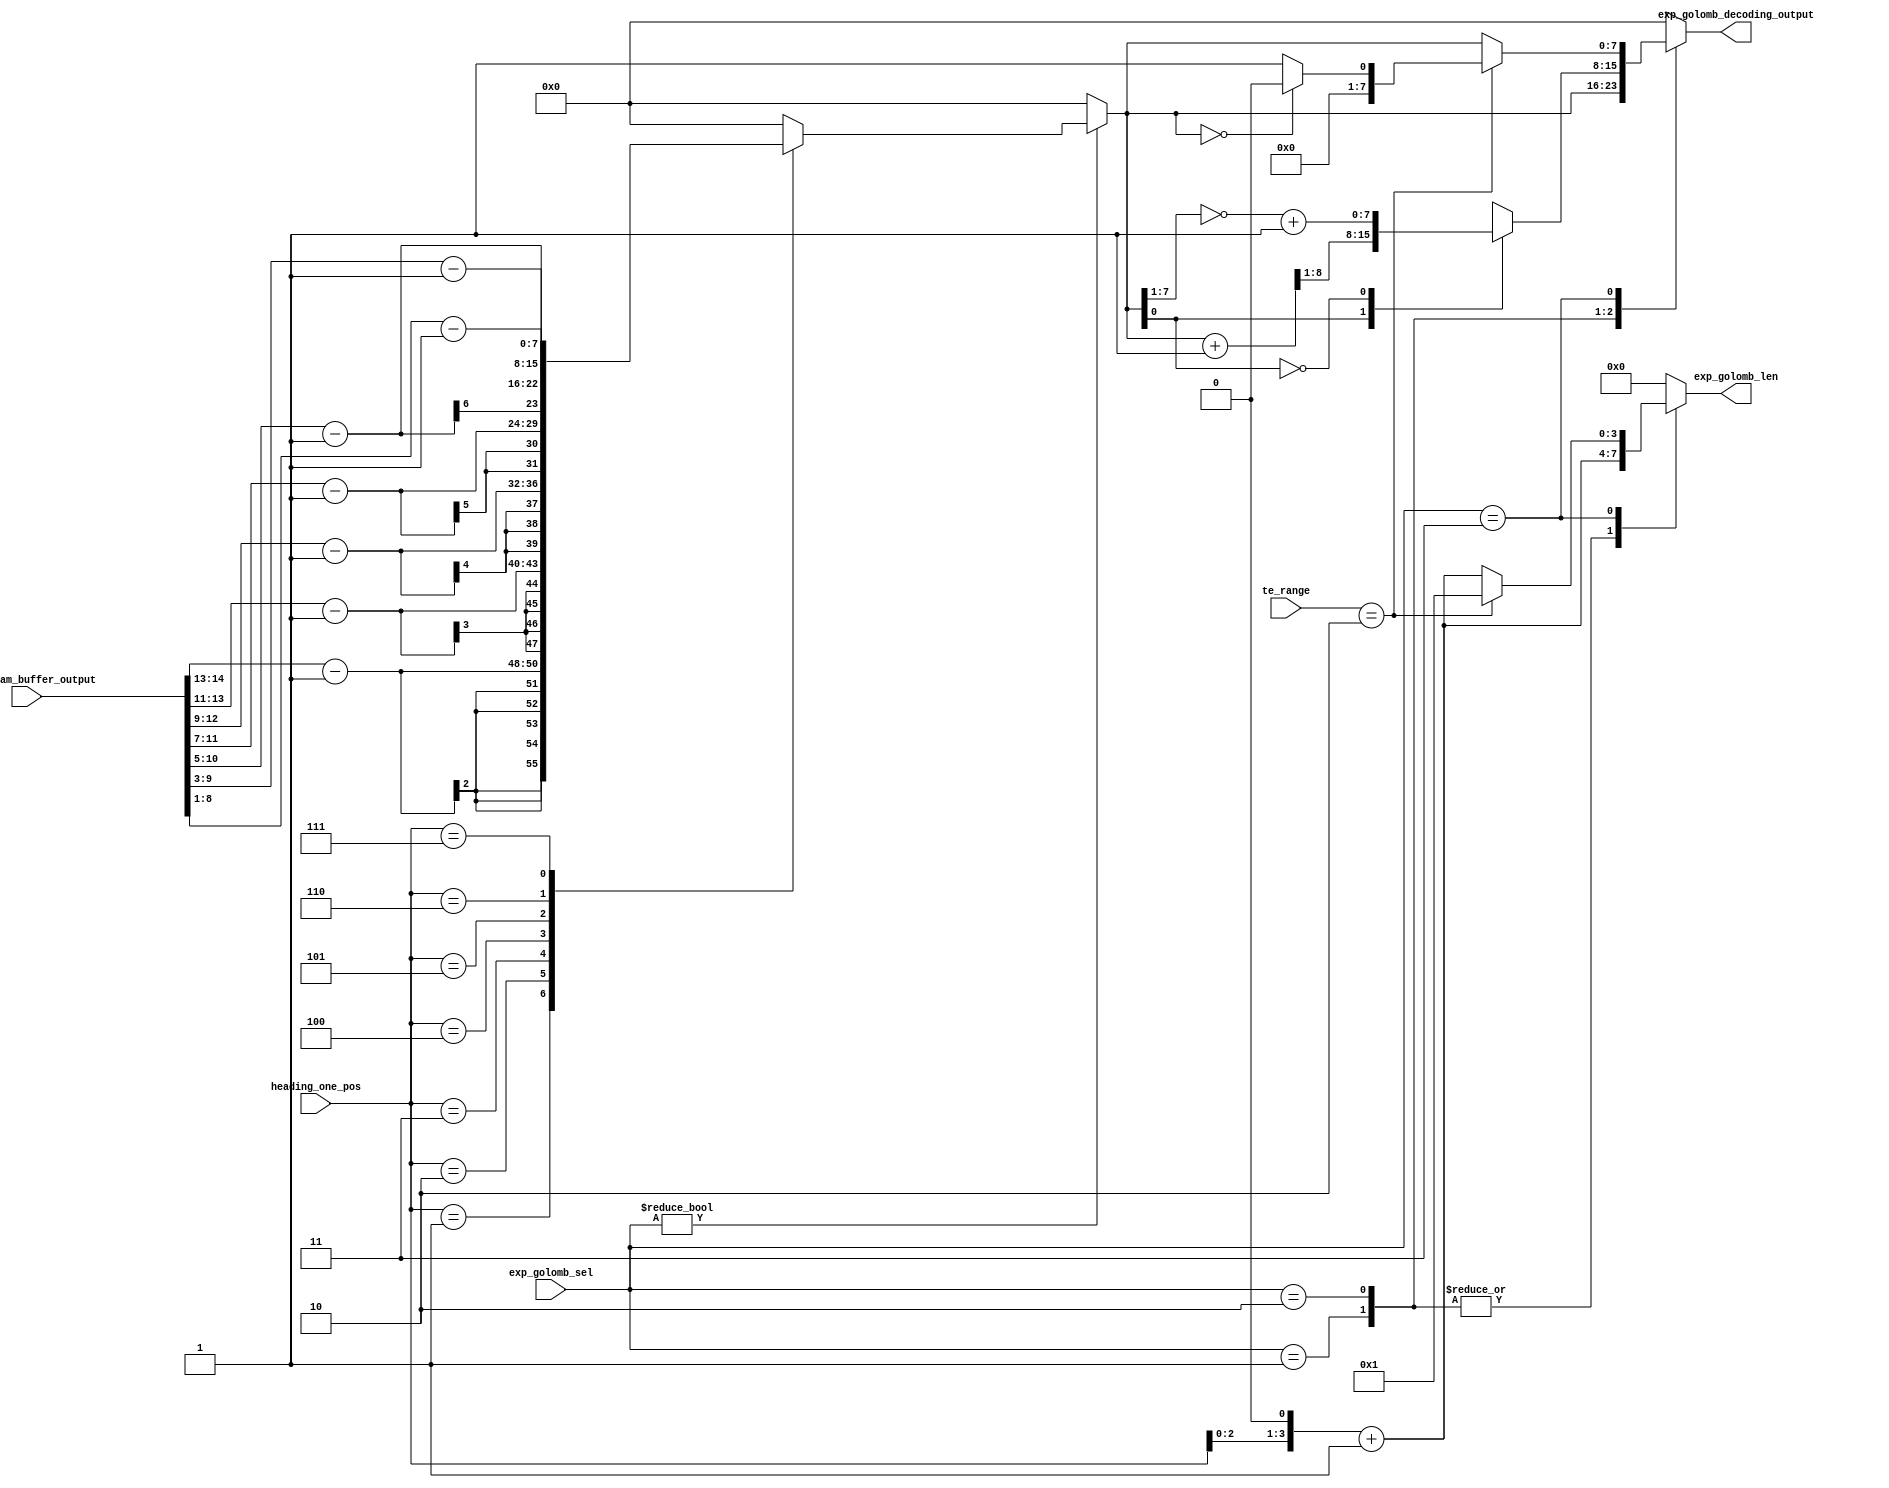
// SPDX-FileCopyrightText: 2022 Efabless Corporation
//
// Licensed under the Apache License, Version 2.0 (the "License");
// you may not use this file except in compliance with the License.
// You may obtain a copy of the License at
//
//      http://www.apache.org/licenses/LICENSE-2.0
//
// Unless required by applicable law or agreed to in writing, software
// distributed under the License is distributed on an "AS IS" BASIS,
// WITHOUT WARRANTIES OR CONDITIONS OF ANY KIND, either express or implied.
// See the License for the specific language governing permissions and
// limitations under the License.
// SPDX-License-Identifier: Apache-2.0

//-------------------------------------------------------------------------------------------------------
// Title    	: H.264/AVC Baseline Decoder
// Released 	: April 30, 2008
// Version 	: 1.0
// Availability	: https://opencores.org/projects/nova
//-------------------------------------------------------------------------------------------------------
// Design    	: exp_golomb_decoding
// Co-Author(s) : Qi Yang Lim, Zhi Lin Tan, Zhuofan Lin, Zixian Guo
// Mentor	: Yang Wei Lim (https://scholar.google.com.my/citations?user=NURveMkAAAAJ&hl=en)
//-------------------------------------------------------------------------------------------------------
// Description 
// Exp-Golomb code decoding
//-------------------------------------------------------------------------------------------------------

module exp_golomb_decoding (
	input 	    [3:0] 	heading_one_pos,
	input 	    [15:0] 	BitStream_buffer_output,
	input 	    [1:0] 	exp_golomb_sel,
	input       [2:0]       te_range,
	output 	reg [7:0] 	exp_golomb_decoding_output,
	output 	reg [3:0] 	exp_golomb_len
);	
	
	parameter rst_exp_golomb_sel = 2'b00;
	parameter ue 				 = 2'b01;
	parameter se 				 = 2'b10;
	parameter te 				 = 2'b11; 

	reg [7:0] codeNum;

	always @ (exp_golomb_sel or heading_one_pos or BitStream_buffer_output) begin
		if (exp_golomb_sel != rst_exp_golomb_sel) 
		begin
			case (heading_one_pos)
				0: codeNum <= 0;											
				1: codeNum <= {6'b0,BitStream_buffer_output[14:13]} - 1;
				2: codeNum <= {5'b0,BitStream_buffer_output[13:11]} - 1;
				3: codeNum <= {4'b0,BitStream_buffer_output[12:9]}  - 1;
				4: codeNum <= {3'b0,BitStream_buffer_output[11:7]}  - 1;
				5: codeNum <= {2'b0,BitStream_buffer_output[10:5]}  - 1;
				6: codeNum <= {1'b0,BitStream_buffer_output[9:3]}   - 1;
				7: codeNum <= BitStream_buffer_output[8:1]          - 1;
				default: codeNum <= 0;
			endcase
		end
		else
			codeNum <= 0;
	end
	
	always @ (exp_golomb_sel or heading_one_pos or te_range) begin
		case (exp_golomb_sel)
			ue, se: 
				exp_golomb_len 	<= (heading_one_pos << 1) + 1;
			te:
				exp_golomb_len 	<= (te_range == 2) ? 1 : ((heading_one_pos << 1) + 1);
			default: 
				exp_golomb_len 	<= 0;
		endcase
	end
		
	wire [7:0] codeNum_se_tmp; 
	assign codeNum_se_tmp = codeNum >> 1;

	always @ (exp_golomb_sel or codeNum or codeNum_se_tmp or te_range) begin
		case (exp_golomb_sel)
			ue:
				exp_golomb_decoding_output <= codeNum;
			se:
				case (codeNum[0])
					1:exp_golomb_decoding_output <= (codeNum + 1) >> 1;
					0:exp_golomb_decoding_output <= ~codeNum_se_tmp + 1;
				endcase
			te:
				if (te_range == 2)	
					exp_golomb_decoding_output <= (codeNum == 0)? 8'd0:8'd1;
				else				
					exp_golomb_decoding_output <= codeNum;
			default:
				exp_golomb_decoding_output <= 0;
		endcase
	end
endmodule